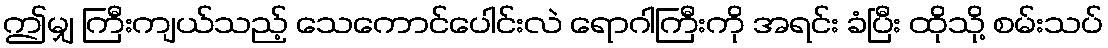
ဤမျှ ကြီးကျယ်သည့် သေကောင်ပေါင်းလဲ ရောဂါကြီးကို အရင်း ခံပြီး ထိုသို့ စမ်းသပ်